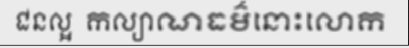
ជនល្អ  កល្យាណធម៌នោះលោក